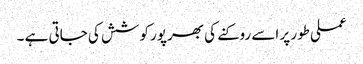
عملی طور پر اسے روکنے کی بھرپور کوشش کی جاتی ہے ۔